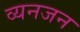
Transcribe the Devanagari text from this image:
व्यनजन